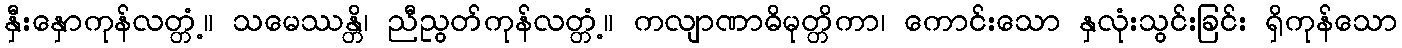
နှီးနှောကုန်လတ္တံ့။ သမေဿန္တိ၊ ညီညွတ်ကုန်လတ္တံ့။ ကလျာဏာဓိမုတ္တိကာ၊ ကောင်းသော နှလုံးသွင်းခြင်း ရှိကုန်သော